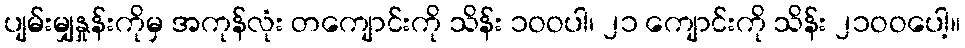
ပျမ်းမျှနှုန်းကိုမှ အကုန်လုံး တကျောင်းကို သိန်း ၁ဝဝပါ၊ ၂၁ ကျောင်းကို သိန်း ၂၁ဝဝပေါ့။